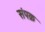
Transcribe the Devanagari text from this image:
संपक्र